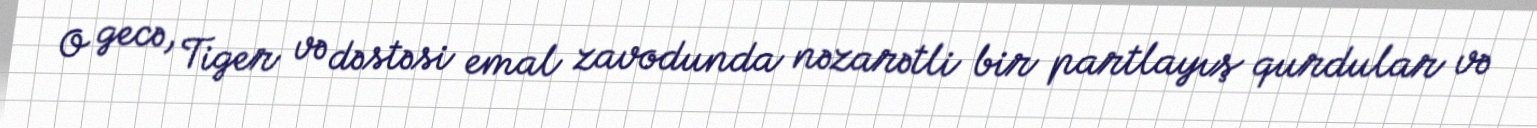
O gecə, Tiger və dəstəsi emal zavodunda nəzarətli bir partlayış qurdular və